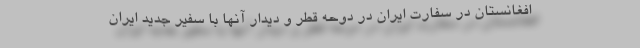
افغانستان در سفارت ایران در دوحه قطر و دیدار آنها با سفیر جدید ایران